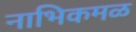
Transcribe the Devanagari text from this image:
नाभिकमळ